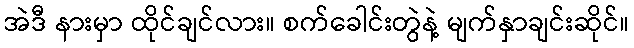
အဲဒီ နားမှာ ထိုင်ချင်လား။ စက်ခေါင်းတွဲနဲ့ မျက်နှာချင်းဆိုင်။